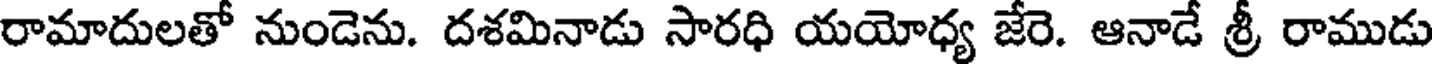
రామాదులతో నుండెను. దశమినాడు సారధి యయోధ్య జేరె. ఆనాడే శ్రీ రాముడు